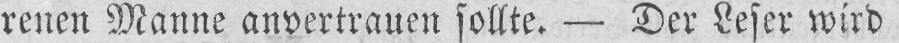
renen Manne anvertrauen sollte. - Der Leser wird